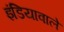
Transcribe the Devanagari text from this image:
इंडियावाले